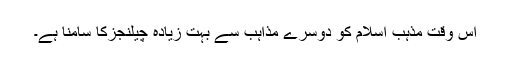
اس وقت مذہب اسلام کو دوسرے مذاہب سے بہت زیادہ چیلنجزکا سامنا ہے۔